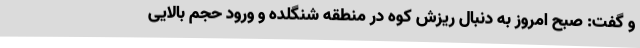
و گفت: صبح امروز به دنبال ریزش کوه در منطقه شنگلده و ورود حجم بالایی